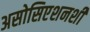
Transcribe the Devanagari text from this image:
असोसिएशनशी